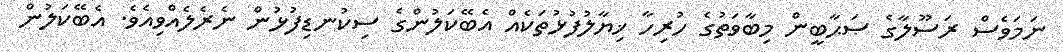
ނަމަވެސް ރަސޫލާގެ ޞަޙާބީން މިބާވަތުގެ ހުރިހާ ޚިޔާލުފުޅުތަކެއް އެބޭކަލުންގެ ސިކުނޑިފުޅުން ނެރެލެއްވިއެވެ. އެބޭކަލުން